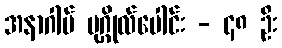
အနာဂါမ် ပုဂ္ဂိုလ်ပေါင်း - ၄၈ ဦး